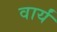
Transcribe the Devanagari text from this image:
वार्यं